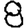
Digit: 8